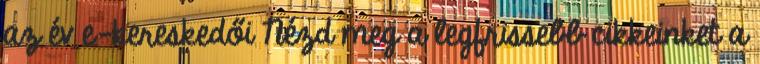
az év e-kereskedői Nézd meg a legfrissebb cikkeinket a